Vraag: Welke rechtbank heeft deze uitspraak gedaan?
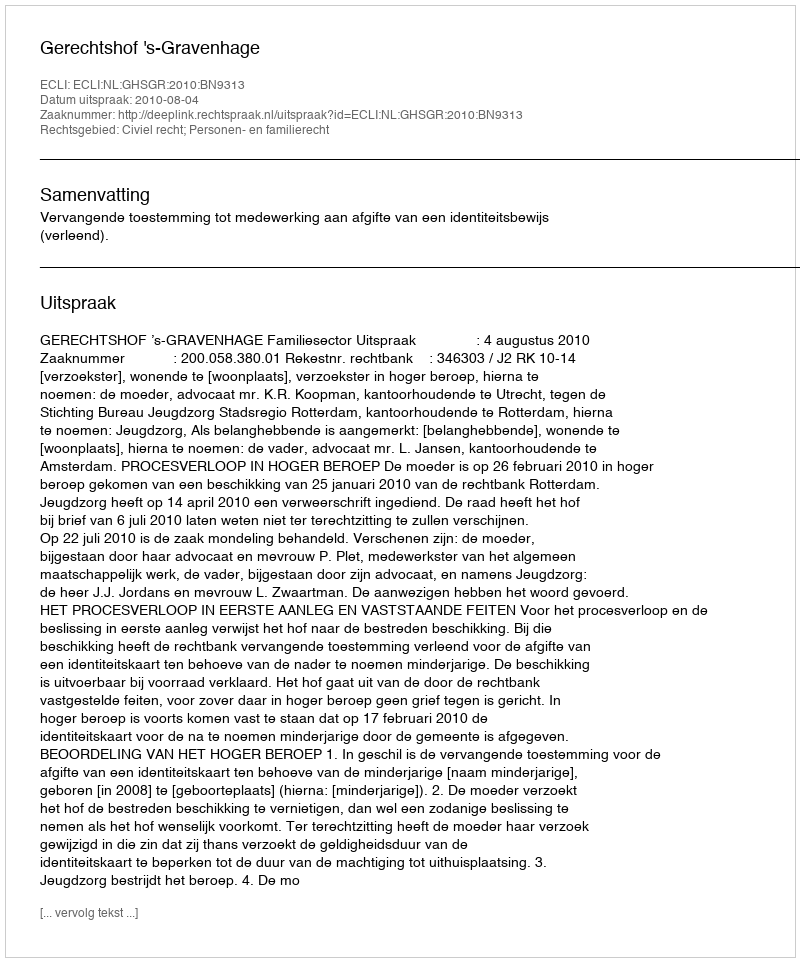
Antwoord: Gerechtshof 's-Gravenhage